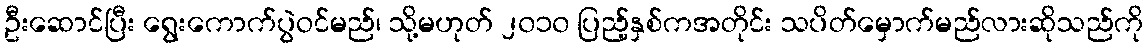
ဦးဆောင်ပြီး ရွေးကောက်ပွဲဝင်မည်၊ သို့မဟုတ် ၂၀၁၀ ပြည့်နှစ်ကအတိုင်း သပိတ်မှောက်မည်လားဆိုသည်ကို